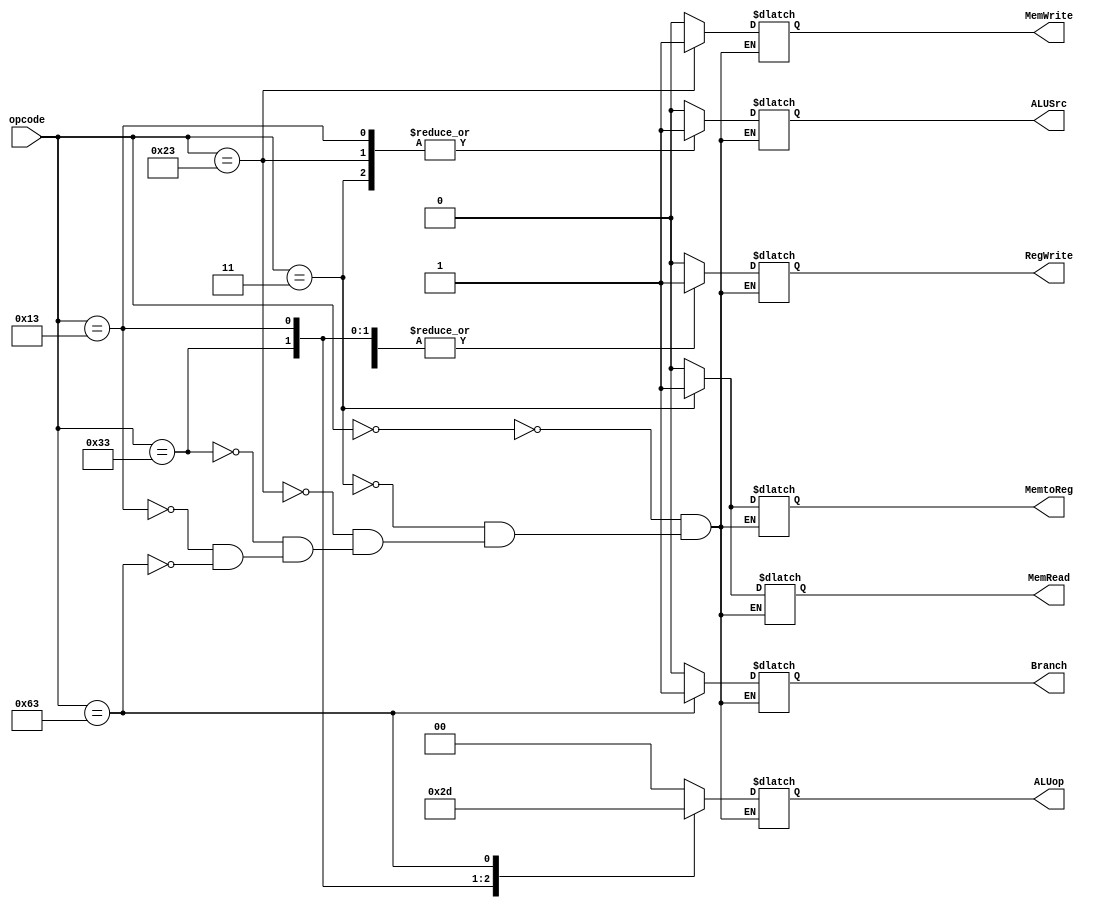
////////////////////////////////////////CONTROL_PATH_MODULE///////////////////////////////////////////////////      
module control_path(opcode,Branch,MemRead,MemtoReg,ALUop,MemWrite,ALUSrc,RegWrite);
  
  input [6:0] opcode;
  output reg MemRead,MemtoReg,MemWrite,RegWrite,Branch,ALUSrc;
  output reg [1:0] ALUop;
  
  always@(opcode) begin
    casex(opcode)
      7'b0000000: {ALUSrc,MemtoReg,RegWrite,MemRead,MemWrite,Branch,ALUop} <= 8'b00000000; //nop from ISA
      7'b0000011: {ALUSrc,MemtoReg,RegWrite,MemRead,MemWrite,Branch,ALUop} <= 8'b11110000; //lw
      7'b0100011: {ALUSrc,MemtoReg,RegWrite,MemRead,MemWrite,Branch,ALUop} <= 8'b10001000; //sw
      7'b0110011: {ALUSrc,MemtoReg,RegWrite,MemRead,MemWrite,Branch,ALUop} <= 8'b00100010; //R32-format
      7'b0010011: {ALUSrc,MemtoReg,RegWrite,MemRead,MemWrite,Branch,ALUop} <= 8'b10100011; //Register32-Immediate Arithmetic Instructions
      7'b1100011: {ALUSrc,MemtoReg,RegWrite,MemRead,MemWrite,Branch,ALUop} <= 8'b00000101; //branch instructions
    endcase
  end

endmodule
//////////////////////////////////////////////////////////////////////////////////////////////////////////////